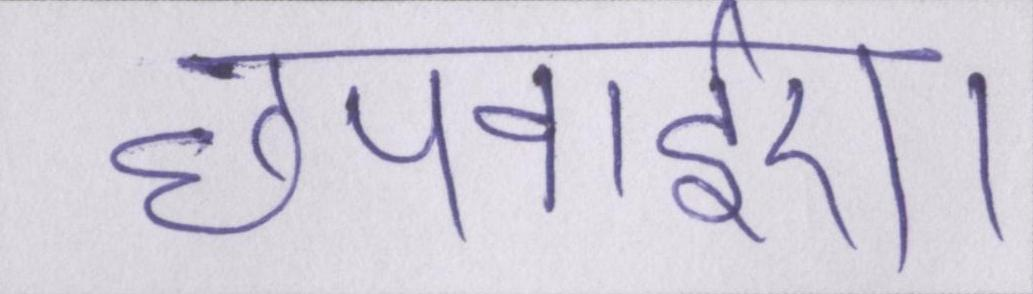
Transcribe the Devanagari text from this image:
छपवाईए।